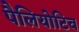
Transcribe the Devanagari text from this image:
पैलियोटिव